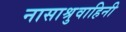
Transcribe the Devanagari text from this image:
नासाश्रुवाहिनी